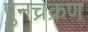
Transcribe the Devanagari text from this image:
पुनच्रक्रण